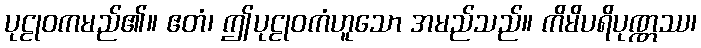
ပုဠုဝကမည်၏။ ဧတံ၊ ဤပုဠုဝကံဟူသော အမည်သည်။ ကိမိပရိပုဏ္ဏဿ၊